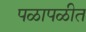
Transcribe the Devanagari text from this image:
पळापळीत